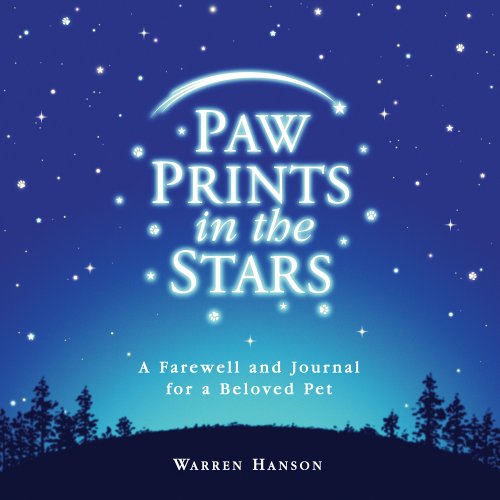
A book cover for Paw Prints in the Stars: A Farewell and Journal for a Beloved Pet; Warren Hanson; Literature & Fiction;